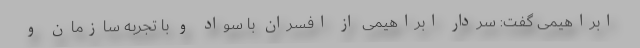
ابراهیمی گفت: سردار ابراهیمی از افسران با سواد و با تجربه سازمان و